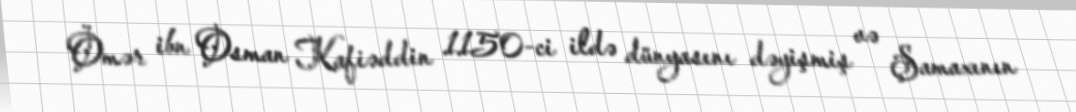
Ömər ibn Osman Kafiəddin 1150-ci ildə dünyasını dəyişmiş və Şamaxının